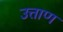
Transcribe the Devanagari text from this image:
उत्ताण